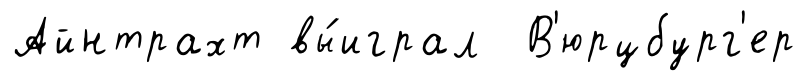
Айнтрахт вы́играл В'юрцбург'ер